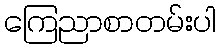
ကြေညာစာတမ်းပါ